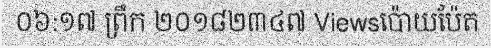
០៦:១៧ ព្រឹក ២០១៨២៣៤៧ Viewsប៉ោយប៉ែត